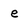
Character: e